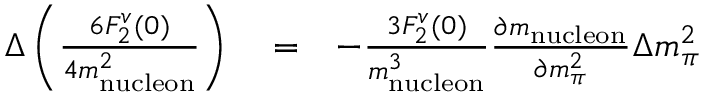
\begin{array} { r l r } { \Delta \left( \frac { 6 F _ { 2 } ^ { v } ( 0 ) } { 4 m _ { \mathrm { n u c l e o n } } ^ { 2 } } \right) } & { { } = } & { - \frac { 3 F _ { 2 } ^ { v } ( 0 ) } { m _ { \mathrm { n u c l e o n } } ^ { 3 } } \frac { \partial m _ { \mathrm { n u c l e o n } } } { \partial m _ { \pi } ^ { 2 } } \Delta m _ { \pi } ^ { 2 } } \end{array}